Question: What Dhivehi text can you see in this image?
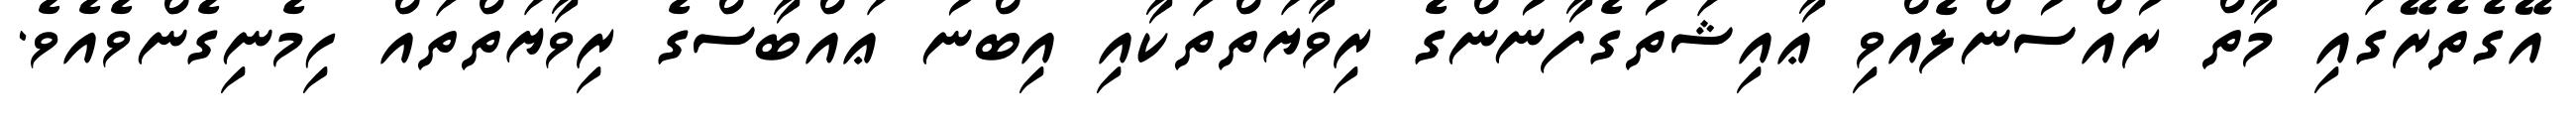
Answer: އޭގެތެރޭގައި މާތް ރުއްސުންލެއްވި ޢާއިޝަތުގެފާނުންގެ ރިވާޔަތްތަކާއި އިބްނު ޢައްބާސްގެ ރިވާޔަތްތައް ހިމެނިގެންވެއެވެ.